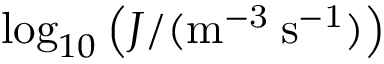
\log _ { 1 0 } \left( J / ( \mathrm { m ^ { - 3 } \: s ^ { - 1 } } ) \right)